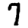
Digit: 7